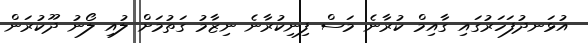
އުޅަނދުފަހަރުގައި ގާއިމް ކުރާނެ މަސް ފިނިކުރާނެ ނިޒާމު ގަތުމަށް ލުއި ލޯނު ދޫކުރަން